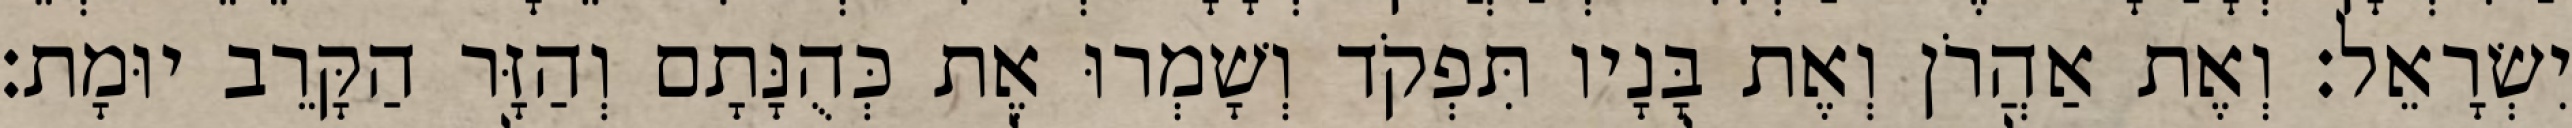
יִשְׂרָאֵל׃ וְאֶת אַהֲרֹן וְאֶת בָּנָיו תִּפְקֹד וְשָׁמְרוּ אֶת כְּהֻנָּתָם וְהַזָּר הַקָּרֵב יוּמָת׃